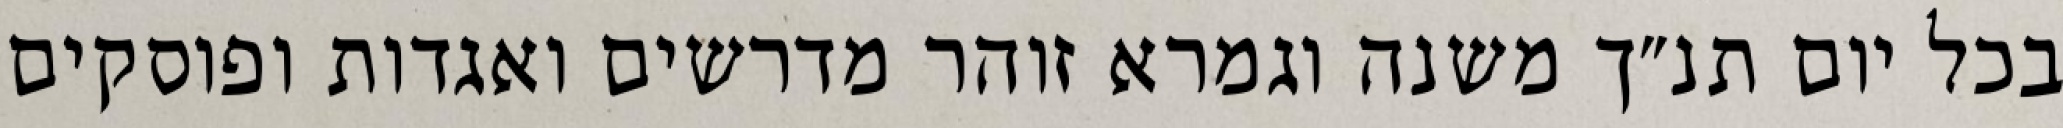
בכל יום תנ״ך משנה וגמרא זוהר מדרשים ואגדות ופוסקים